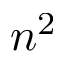
n ^ { 2 }